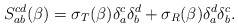
\begin{align*}S_{ab}^{cd} ( \beta) = \sigma_T (\beta) \delta_a^c \delta_b^d + \sigma_R(\beta) \delta_a^d \delta_b^c.\end{align*}